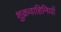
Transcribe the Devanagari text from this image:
शुक्रवाहिनियों